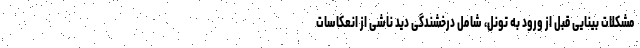
مشکلات بینایی قبل از ورود به تونل، شامل درخشندگی دید ناشی از انعکاسات